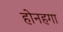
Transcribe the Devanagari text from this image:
होनहगा